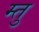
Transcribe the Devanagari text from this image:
म्तु